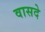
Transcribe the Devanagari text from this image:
वासदे